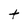
Character: t